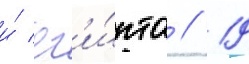
и́ ег'и́пта // 19